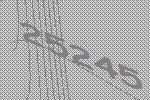
25245